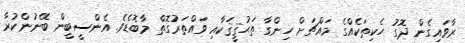
ރާވައިގެން ދޮގު ހެކިތަކެއްގެ މައްޗަށް ހިންގާ ތަޙުޤީޤަކާއި ވައްތަރުގޮތް މާބޮޑެވެ. އެންސީބީން ބޭނުންކުރާ